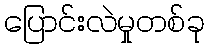
ပြောင်းလဲမှုတစ်ခု